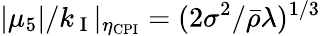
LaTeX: |\mu_{5}|/k_{\mathrm{~I~}}|_{\eta_{\mathrm{CPI}}}=(2\sigma^{2}/{\bar{\rho}}\lambda)^{1/3}